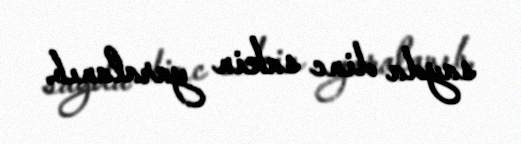
sayda dinc sakin yaralanıb.